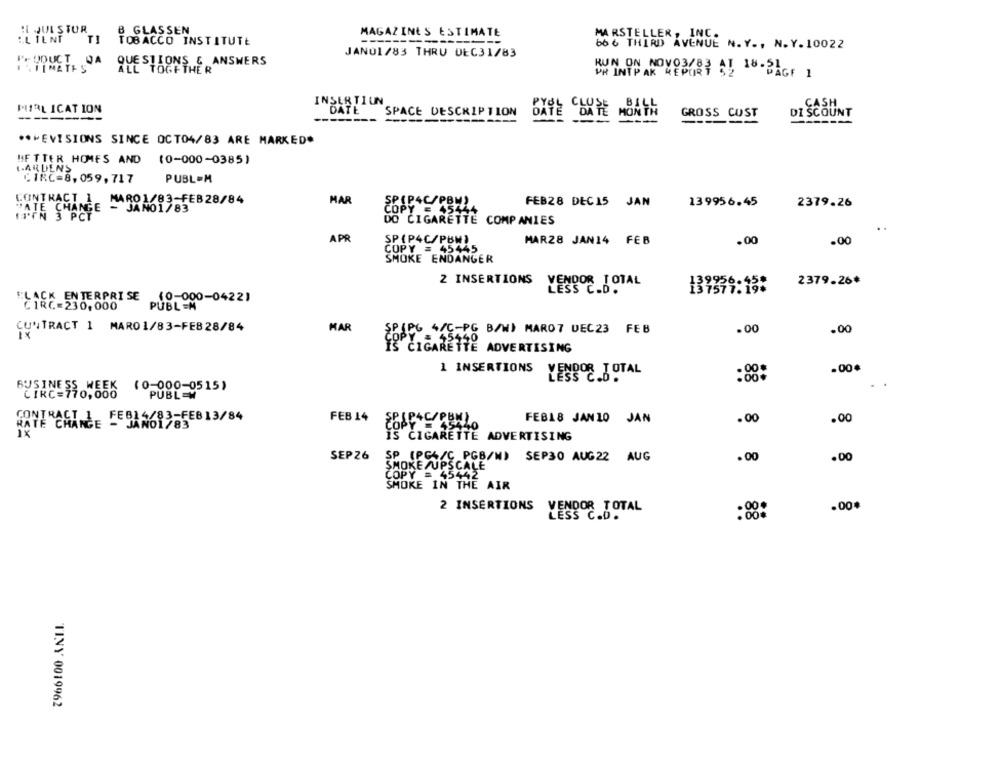
: JUL STUR
B GLASSEN
:. L IENT
MAGAZINES ESTIMATE
MARSTELLER, INC.
TI
TOBACCO INSTITUTE
66 6 THIRD AVENUE N.Y ., N. Y. 10022
JAN01/83 THRU DEC31/83
PFUDUCT DA
1 . TIMATES
.& ANSWERS
LL TOGETHER
UN ON NOVO3/83 AL 18-PAGE 1
INSERTIUN
PUIRL ICAT ION
CASH
DATE
SPACE DESCRIPTION
DATE DATE
MONT
GROSS CUST
DI SCOUNT
------
---
*** EVISIONS SINCE OCT04/83 ARE MARKED*
HF TTER HOMES AND
(0-000-0385)
LARUENS
CIRC=8,059,717
PUBL=M
CONTRACT 1
MARO 1/83-FEB 28/84
MAR
SP(PAC/PBM)
FEB28 DEC15 JAN
139956.45
2379.26
- JANO1/83
COPY = 45444
(IFN 3 PCT
DO CIGARETTE COMPANIES
APR
SP(P4C/PBW)
MAR28 JAN14 FEB
.00
.00
COPY = 45445
SMOKE ENDANGER
2 INSERTIONS
2379.26
YENDOR TOTAL
139956-45:
BLACK ENTERPRISE
P(0-000-04221
CONTRACT 1 MARO1/83-FEB 28/84
MAR
.00
COPY = 45440
(C-PG B/W) MARO7 DEC23 FEB
.00
IS CIGARETTE ADVERTISING
1 INSERTIONS
.00*
LESS C.
CIRCESSOWEEK (0-000-0515)
FEB14/83-FEB13/84
FEB 14
FEB18 JAN10 JAN
.00
.00
GANE "CHANCE - JANO1/83
IS CIGARETTE ADVERTISING
SEP 26
SP (PG</C PGB/W) SEP30 AUG22 AUG
.00
.00
SMOKE/UPSCALE
COPY = 45442
SMOKE IN THE AIR
2 INSERTIONS
VENDOR TOTAL
.00.
TINY 0019962